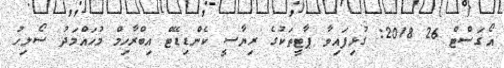
އޯގަސްޓް 26 2018: ގުޅިފައިވާ ޕާޓީތަކުގެ ރިޔާސީ ކެންޑިޑޭޓް އިބްރާހިމް މުހައްމަދު ސޯލިހު